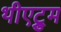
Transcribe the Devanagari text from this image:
थीएट्रुम